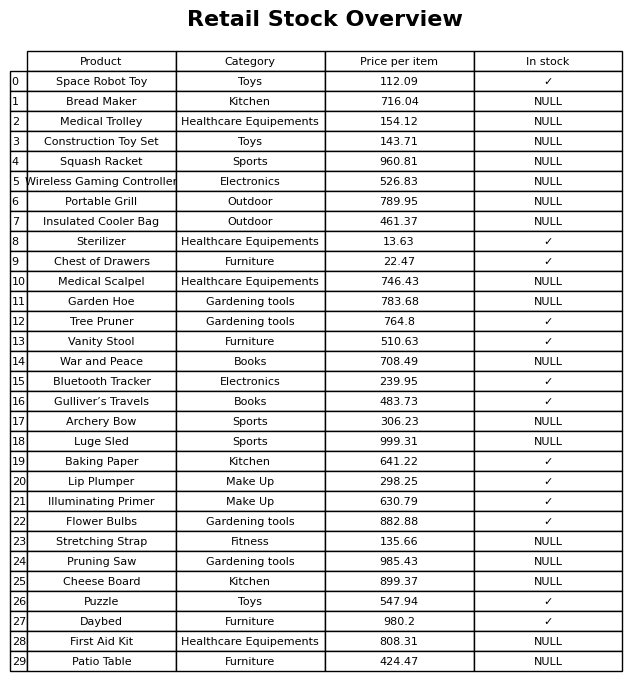
question: What is the price for Tree Pruner?
answer: The price of Tree Pruner is 764.8.